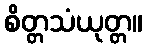
စိတ္တသံယုတ္တ။